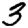
Digit: 3